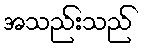
အသည်းသည်